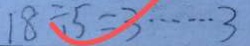
1 8 \div 5 = 3 \cdots 3